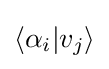
\langle \alpha _{i}|v_{j}\rangle